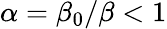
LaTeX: \alpha=\beta_{0}/\beta<1